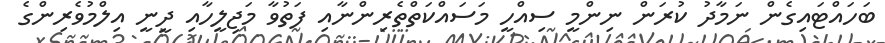
ބަހައްޓައިގެން ނަމާދު ކުރަން ނިންމީ ސިއްހީ މަސައްކަތްތެރިންނާއި ފަތުވާ މަޖިލީހާއި ދީނީ އިލްމުވެރިންގެ